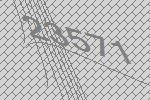
23571